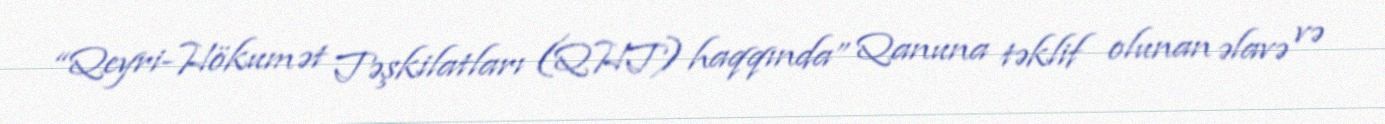
“Qeyri-Hökumət Təşkilatları (QHT) haqqında” Qanuna təklif olunan əlavə və